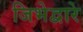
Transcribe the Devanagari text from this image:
जिभेद्वारे